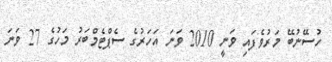
ހުސޭނުބޭ މަރުވެފައި ވަނީ 2010 ވަނަ އަހަރުގެ ސެޕްޓެމްބަރު މަހުގެ 27 ވަނަ